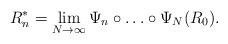
LaTeX: \begin{align*} R_n^* = \lim_{N \to \infty}{ \Psi_n\circ \ldots \circ \Psi_N(R_0)}. \end{align*}